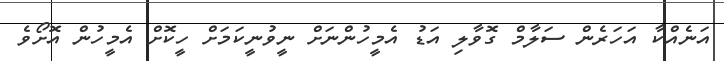
އަނެއްކާ އަހަރެން ސަލާމް ގޮވާލި އަޑު އެމީހުންނަށް ނީވުނީކަމަށް ހީކޮށް އެމީހުން އޮށޯވެ